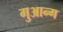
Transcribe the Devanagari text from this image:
गुआन्ग